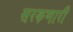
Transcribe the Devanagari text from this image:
सरकणारी